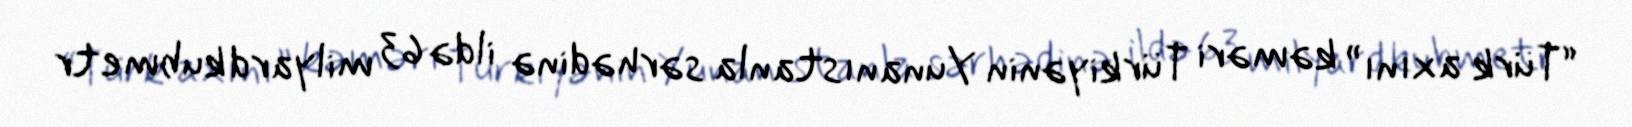
“Türk axını” kəməri Türkiyənin Yunanıstanla sərhədinə ildə 63 milyard kubmetr